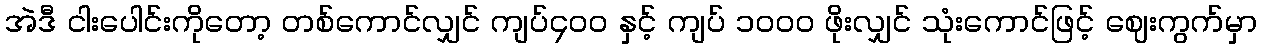
အဲဒီ ငါးပေါင်းကိုတော့ တစ်ကောင်လျှင် ကျပ်၄၀ဝ နှင့် ကျပ် ၁၀ဝ၀ ဖိုးလျှင် သုံးကောင်ဖြင့် ဈေးကွက်မှာ